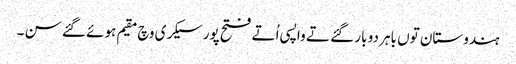
ہندوستان تو‏ں باہر دو بار گئے تے واپسی اُتے فتح پور سیکری وچ مقیم ہوئے گئے سن ۔